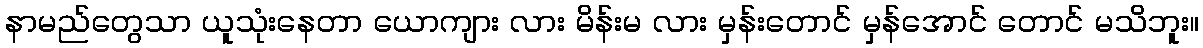
နာမည်တွေသာ ယူသုံးနေတာ ယောကျား လား မိန်းမ လား မှန်းတောင် မှန်အောင် တောင် မသိဘူး။